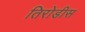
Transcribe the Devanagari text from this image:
तिरोडीस